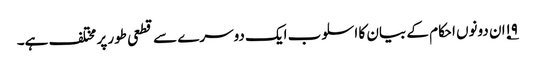
۱۹؂ان دونوں احکام کے بیان کا اسلوب ایک دوسرے سے قطعی طور پر مختلف ہے۔